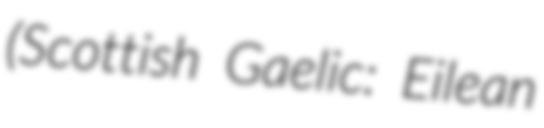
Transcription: (Scottish Gaelic: Eilean